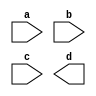
module mux2to1_gate(a,b,c,d);
 input a, b, c;
 output d;
 wire l,m,n;
 
 not e1(l,c);
 and a1(m,l,a);
 and a2(n,c,b);
 or o1(f,m,n);
endmodule

module testbench; 
reg a,b,s; 
wire f; 
mux2to1_gate mux_gate (a,b,s,f); 
initial
begin
$dumpfile("test.vcd");
$dumpvars();
	$monitor(,$time," a=%b, b=%b, s=%b f=%b",a,b,s,f);
	#0 a=1'b0;b=1'b1; /* #0, #2, these are all different time instances where the variables are changed*/
	#2 s=1'b1; /* 1 bit variable with value 0*/
	#5 s=1'b0; 
	#10 a=1'b1;b=1'b0; 
	#15 s=1'b1; 
	#20 s=1'b0; 
	#100 $finish;
	end
endmodule
/* a[2:0] multi(3) bit input; begin #0 a = 3'b000; repeat(8); #8 a=a+3'b000*/
/* iverilog -o first first.v -> first is the name of the executable; vvp first*/